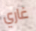
غاري